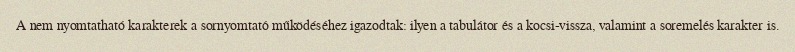
A nem nyomtatható karakterek a sornyomtató működéséhez igazodtak: ilyen a tabulátor és a kocsi-vissza, valamint a soremelés karakter is.